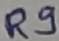
Text: R9